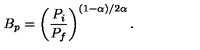
B _ { p } = \left( \frac { P _ { i } } { P _ { f } } \right) ^ { ( 1 - \alpha ) / 2 \alpha } .